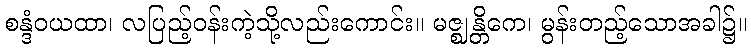
စန္ဒံဝယထာ၊ လပြည့်ဝန်းကဲ့သို့လည်းကောင်း။ မဇ္ဈန္တိကေ၊ မွန်းတည့်သောအခါ၌။